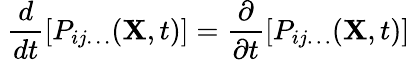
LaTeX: \ {\frac{d}{dt}}[P_{ij\ldots}(\mathbf{X},t)]={\frac{\partial}{\partial t}}[P_{ij\ldots}(\mathbf{X},t)]